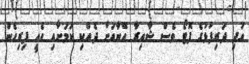
އަދި ދަރިފުޅުގެ ފޮޓޯ ވެސް ޝާއިރާ އޭނާއަށް ދެއްކި ކަމަށާއި އެއީ ފިރިހެން